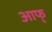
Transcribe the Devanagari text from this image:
आफ्